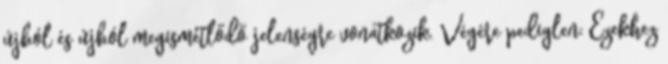
újból és újból megismétlődő jelenségre vonatkozik. Végére pediglen: Ezekhez